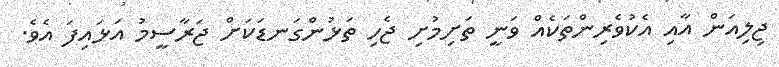
ޖިލިއަން އާއި އެކުވެރިންތަކެއް ވަނީ ތަށިމުށި ޖެހި ތަޅުންގަނޑަކަށް ޖަރާސީމު އަޅައިފަ އެވެ.